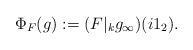
LaTeX: \begin{align*} \Phi_F(g) := (F |_k g_{\infty})(i 1_2).\end{align*}